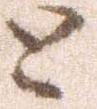
と